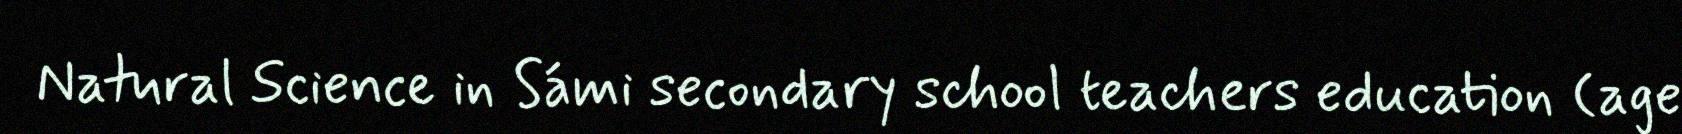
Natural Science in Sámi secondary school teachers education (age